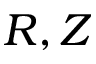
R , Z